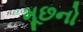
મૂછનો